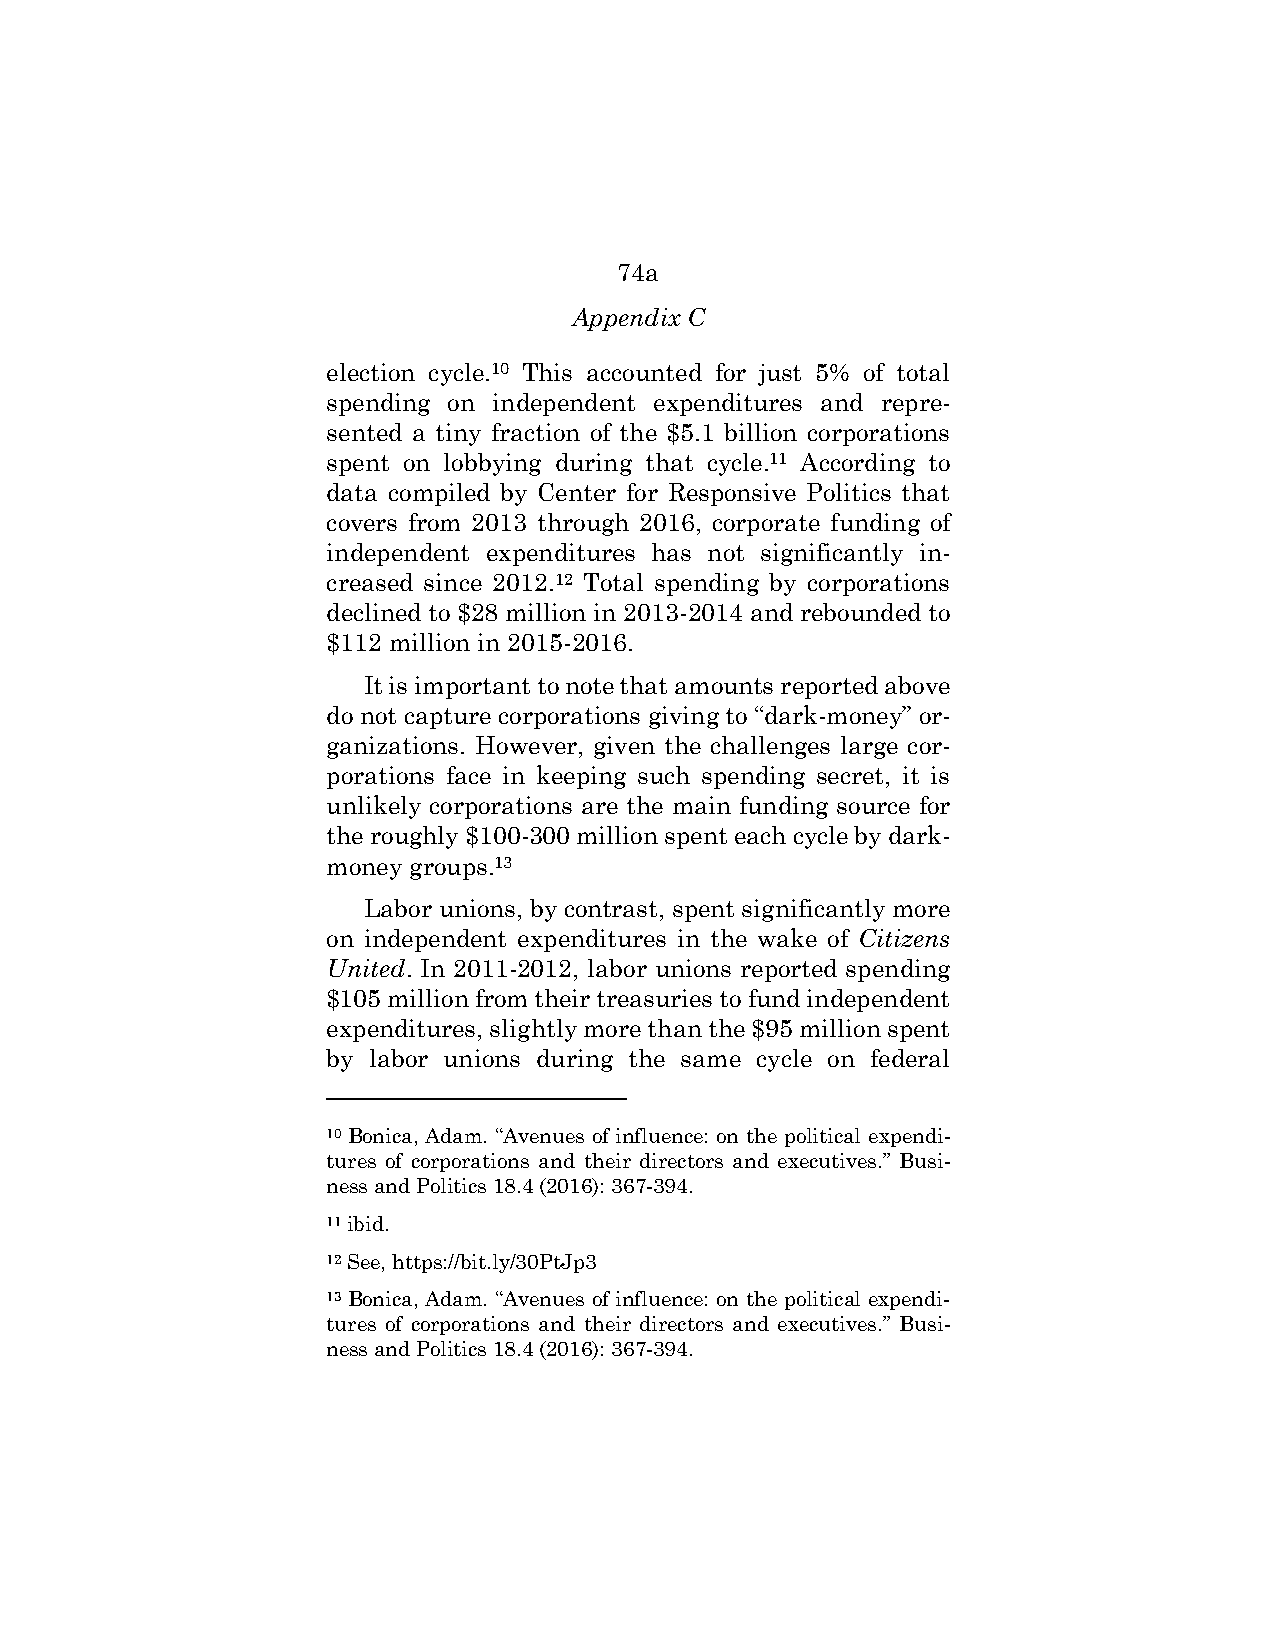
74a
 Appendix C
 election cycle.10 This accounted for just 5% of total
 spending on independent expenditures and repre-
 sented a tiny fraction of the $5.1 billion corporations
 spent on lobbying during that cycle.11 According to
 data compiled by Center for Responsive Politics that
 covers from 2013 through 2016, corporate funding of
 independent expenditures has not significantly in-
 creased since 2012.12 Total spending by corporations
 declined to $28 million in 2013-2014 and rebounded to
 $112 million in 2015-2016.
 It is important to note that amounts reported above
 do not capture corporations giving to “dark-money” or-
 ganizations. However, given the challenges large cor-
 porations face in keeping such spending secret, it is
 unlikely corporations are the main funding source for
 the roughly $100-300 million spent each cycle by dark-
 money groups.13
 Labor unions, by contrast, spent significantly more
 on independent expenditures in the wake of Citizens
 United. In 2011-2012, labor unions reported spending
 $105 million from their treasuries to fund independent
 expenditures, slightly more than the $95 million spent
 by labor unions during the same cycle on federal
 10 Bonica, Adam. “Avenues of influence: on the political expendi-
 tures of corporations and their directors and executives.” Busi-
 ness and Politics 18.4 (2016): 367-394.
 11 ibid.
 12 See, https://bit.ly/30PtJp3
 13 Bonica, Adam. “Avenues of influence: on the political expendi-
 tures of corporations and their directors and executives.” Busi-
 ness and Politics 18.4 (2016): 367-394.